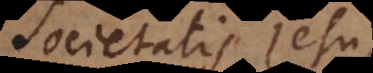
Societatis Jesu,